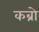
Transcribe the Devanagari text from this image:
कब्रो